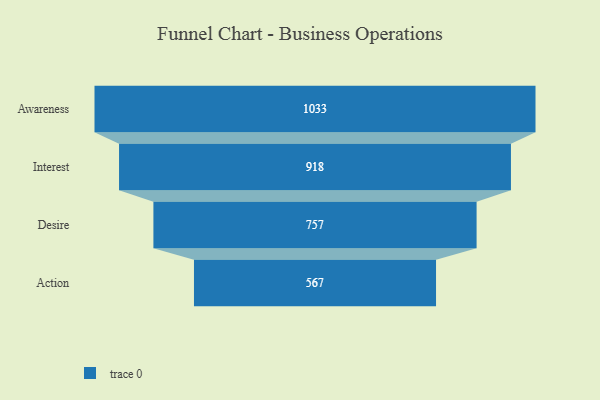
{"axis": {"x": "Stage", "y": "Value"}, "legend": [""], "data": [{"x": "Awareness", "y": 1033.0, "type": ""}, {"x": "Interest", "y": 918.0, "type": ""}, {"x": "Desire", "y": 757.0, "type": ""}, {"x": "Action", "y": 567.0, "type": ""}]}